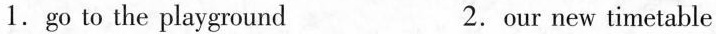
1.go to the playground 2.our new timetable